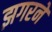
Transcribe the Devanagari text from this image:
झगरने